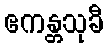
ဧကန္တသုခီ